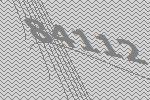
84112